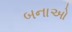
બનાઓ